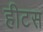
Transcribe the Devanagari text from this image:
हीटस